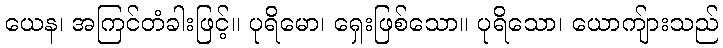
ယေန၊ အကြင်တံခါးဖြင့်။ ပုရိမော၊ ရှေးဖြစ်သော။ ပုရိသော၊ ယောကျ်ားသည်